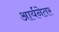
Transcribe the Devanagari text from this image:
आर्यनेतर